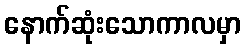
နောက်ဆုံးသောကာလမှာ